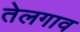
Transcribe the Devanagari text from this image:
तेलगाव